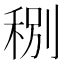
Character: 𥞲